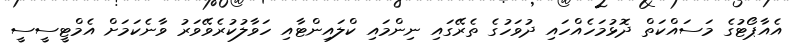
އެއާޕޯޓުގެ މަސައްކަތް ދޮޅުމަހެއްހައި ދުވަހުގެ ތެރޭގައި ނިންމައި ކްލައިންޓާއި ހަވާލުކުރެވޭވަރު ވާނެކަމަށް އެމްޓީސީސީ